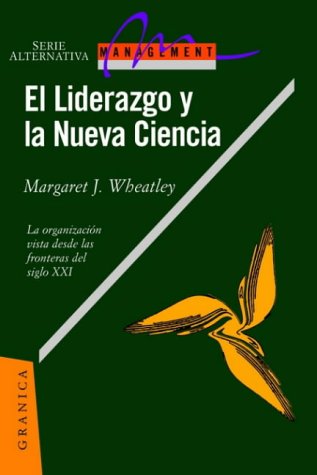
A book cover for El Liderazgo y La Nueva Ciencia: La Organizacion Vista Desde Las Fronteras del Siglo XXI (Spanish Edition); Margaret Wheatley; Science & Math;